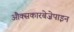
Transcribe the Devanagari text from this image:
औक्सकारबेज़ेपाइन